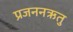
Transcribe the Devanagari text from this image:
प्रजननऋतु